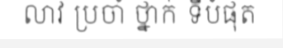
លាវ ប្រចាំ ថ្នាក់ ទីបំផុត